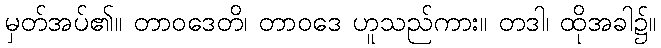
မှတ်အပ်၏။ တာဝဒေတိ၊ တာဝဒေ ဟူသည်ကား။ တဒါ၊ ထိုအခါ၌။